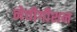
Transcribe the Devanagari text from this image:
नेवीगीशन